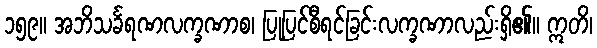
၁၅၉။ အဘိသင်္ခရဏလက္ခဏာစ၊ ပြုပြင်စီရင်ခြင်းလက္ခဏာလည်းရှိ၏။ ဣတိ၊